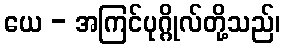
ယေ - အကြင်ပုဂ္ဂိုလ်တို့သည်၊